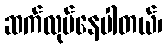
ဆက်လုပ်နေပါတယ်၊